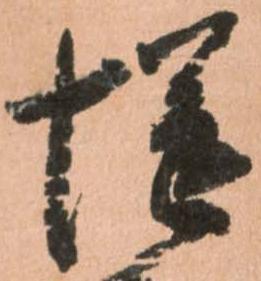
慥